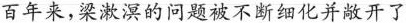
百年来，梁漱溟的问题被不断细化并敞开了